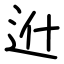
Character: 𨑮